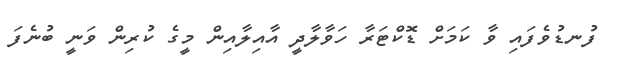
ފުނޑުވެފައި ވާ ކަމަށް ޑޮކްޓަރާ ހަވާލާދީ އާއިލާއިން މީގެ ކުރިން ވަނީ ބުނެފަ